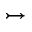
\rightarrowtail